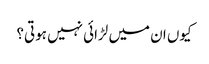
کیوں ان میں لڑائی نہیں ہوتی؟